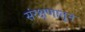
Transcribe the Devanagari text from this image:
संरक्षणातून